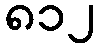
၈၁၂